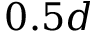
0 . 5 d